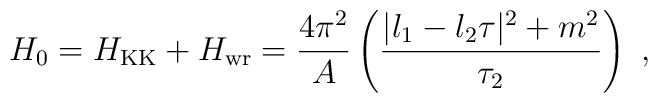
H_0 = H_{\rm KK} + H_{\rm wr} = { 4\pi^2\over A } \left ({|l_1  - l_2 \tau|^2+ m^2 \over \tau_2 }\right)\ ,